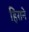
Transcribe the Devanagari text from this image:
हिराने